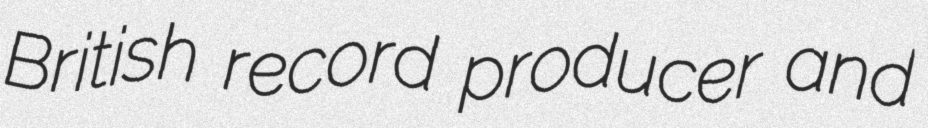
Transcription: British record producer and